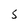
Character: S